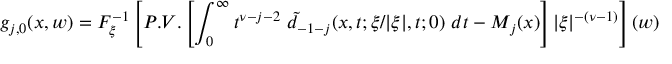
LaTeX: \displaystyle g _ { j , 0 } ( x , w ) = { \cal F } _ { \xi } ^ { - 1 } \left[ P . V . \left[ \int _ { 0 } ^ { \infty } t ^ { \nu - j - 2 } \ \tilde { d } _ { - 1 - j } ( x , t ; \xi / \vert \xi \vert , t ; 0 ) \ d t - M _ { j } ( x ) \right] \vert \xi \vert ^ { - ( \nu - 1 ) } \right] ( w ) .